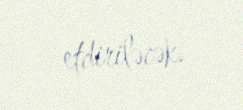
etdiriləcək.